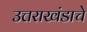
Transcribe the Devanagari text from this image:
उत्तराखंडाचे